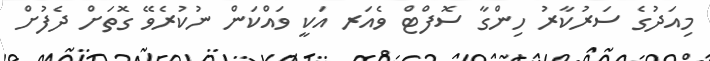
މިއަދުގެ ސަރުކާރު ހިންގާ ސޮފްޓް ވެއަރ އަކީ ވައްކަން ނުކުރެވޭ ގޮތަށް ދެފުށް